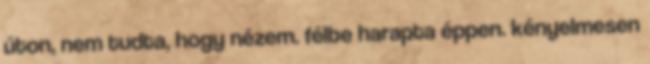
úton, nem tudta, hogy nézem. félbe harapta éppen. kényelmesen